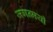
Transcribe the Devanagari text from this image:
जगन्मयी